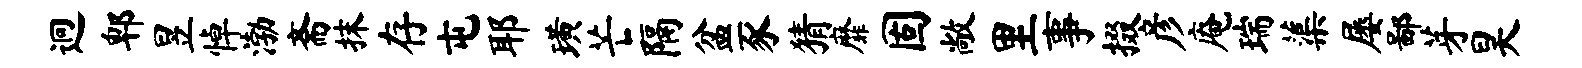
迥郫昱悼渤斋抹存屯耶璜芒隔盆豕猜靡固敞里事掇彦庵瑞蕖屡鄙芽昊